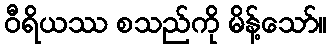
ဝီရိယဿ စသည်ကို မိန့်သော်။